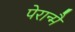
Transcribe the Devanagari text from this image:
पेरान्मै